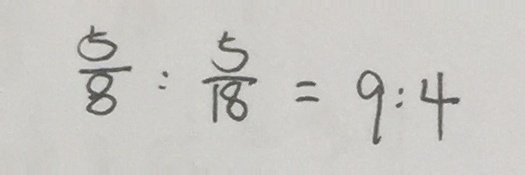
\frac { 5 } { 8 } : \frac { 5 } { 1 8 } = 9 : 4